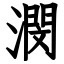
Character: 潣